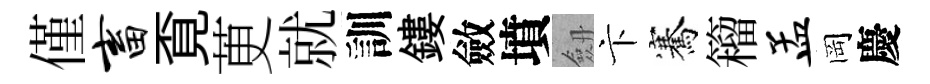
僅畜覔茰就訓鏤斂墳劔卞騫籕孟岡慶